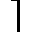
\rceil